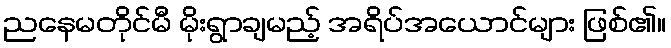
ညနေမတိုင်မီ မိုးရွာချမည့် အရိပ်အယောင်များ ဖြစ်၏။